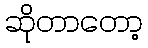
ဆိုတာတော့